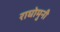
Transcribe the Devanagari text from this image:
राघोमुनी